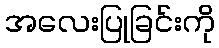
အလေးပြုခြင်းကို